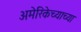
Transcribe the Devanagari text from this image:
अमेरिकेच्याच्या